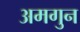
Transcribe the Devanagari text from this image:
अमगुन